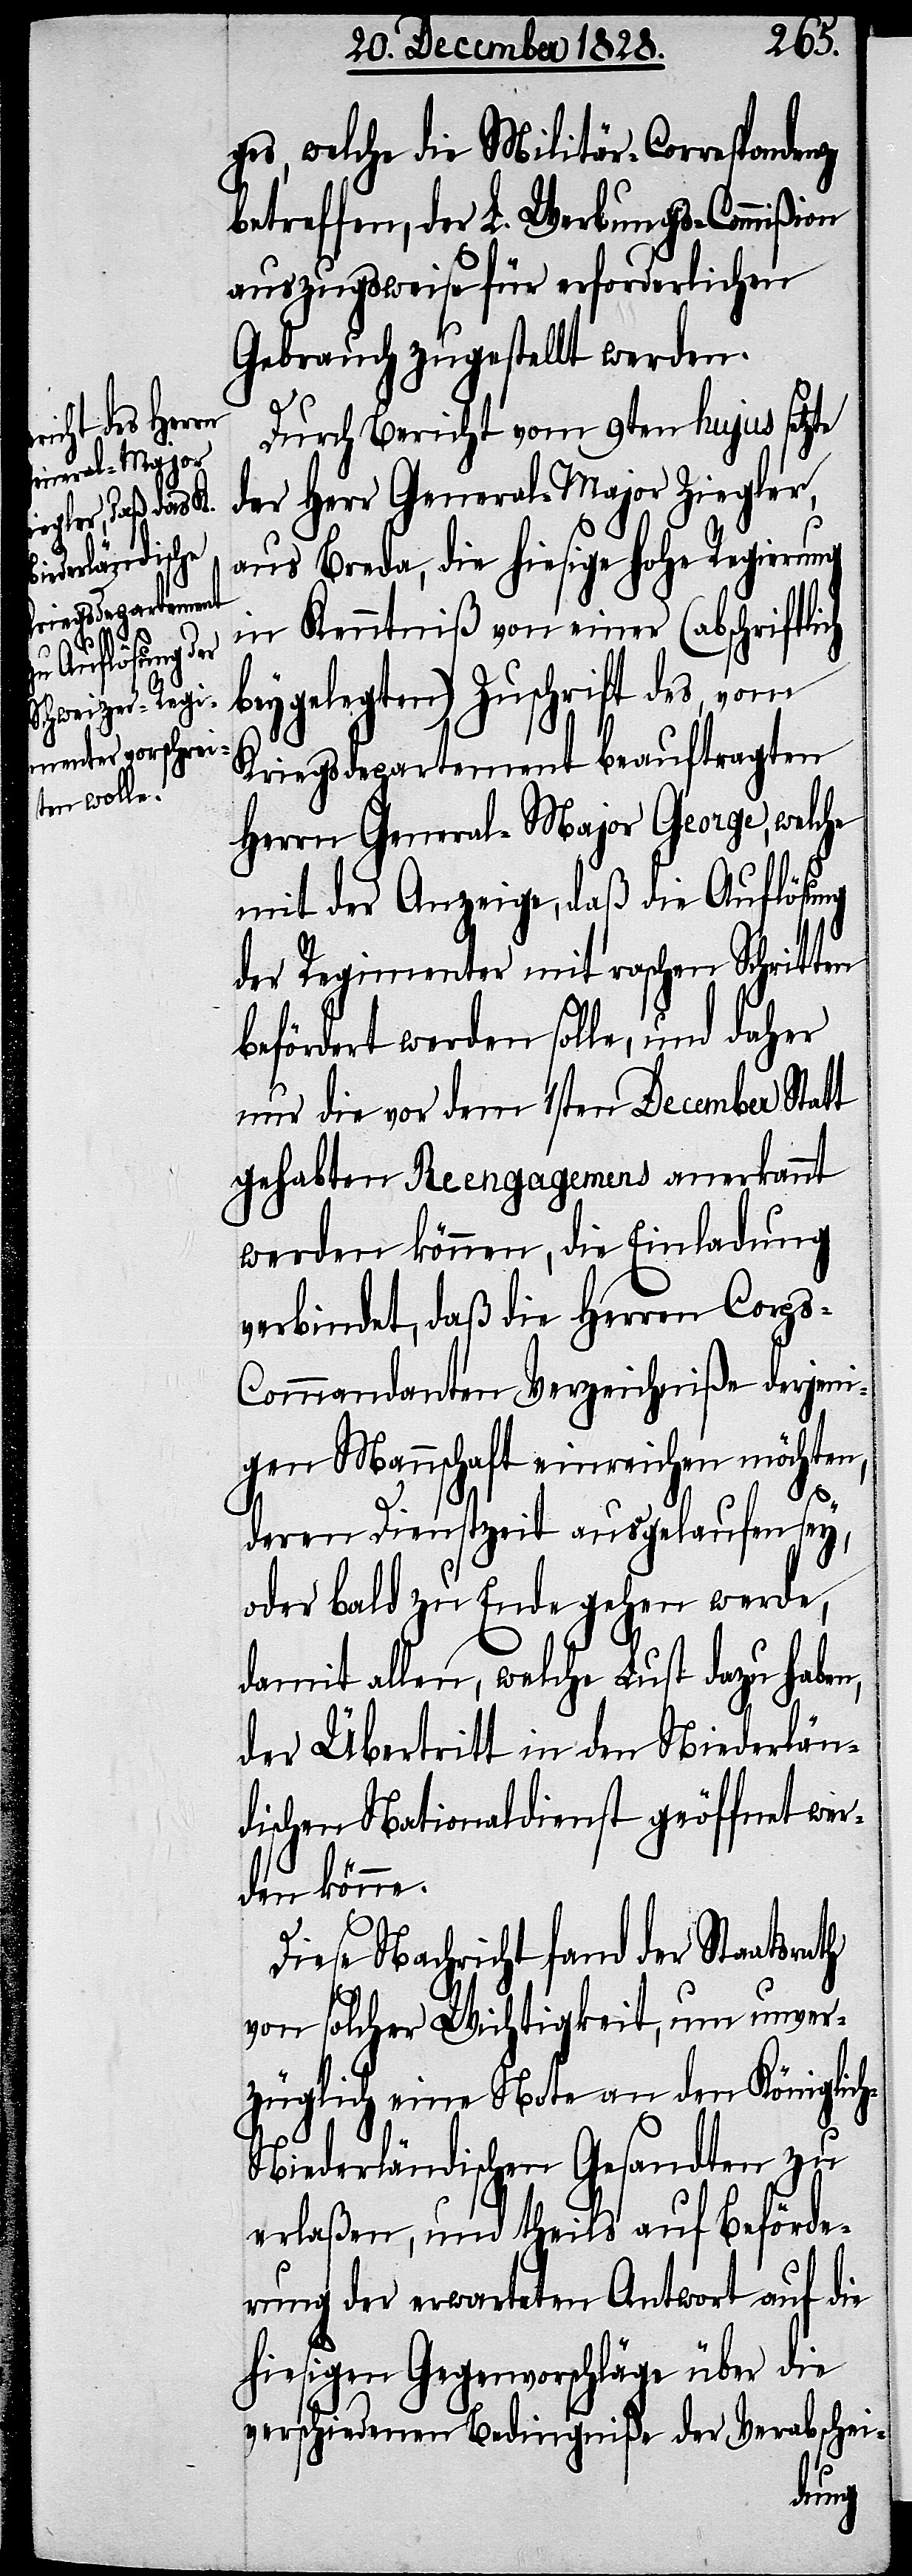
srath

ges, welche die Militär-Correspondenz
betreffen, der L. Werbungs-Commißion
auszugsweise für erforderlichen
Gebrauch zugestellt werden.
Durch Bericht vom 9ten hujus setzte
der Herr General-Major Ziegler,
aus Breda, die hiesige hohe Regierung
in Kenntniß von einer (abschriftli¬
gelegten) Zuschrift des, vom
Kriegsdepartement beauftragten
Herrn General-Major George, welche
mit der Anzeige, daß die Auflösung
der Regimenter mit raschen Schritten
befördert werden solle, und daher
nur die vor dem 1sten December Statt
gehabten Reengagemens anerkannt
werden können, die Einladung
verbindet, daß die Herren Corp¬
s-Commandanten Verzeichniße derjeni¬
gen Mannschaft einreichen möchten,
deren Dienstzeit ausgelaufen sey,
oder bald zu Ende gehen werde,
damit allen, welche Lust dazu haben,
der Übertritt in den Niederlän¬
dischen Nationaldienst geöffnet wer¬
den könne.
Diese Nachricht fand der Staat¬
von solcher Wichtigkeit, um unver¬
züglich eine Note an den Königlic¬
h-Niederländischen Gesandten zu
erlaßen, und theils auf Beförde¬
rung der erwarteten Antwort auf die
hiesigen Gegenvorschläge über die
verschiedenen Bedingniße der Verabschei-